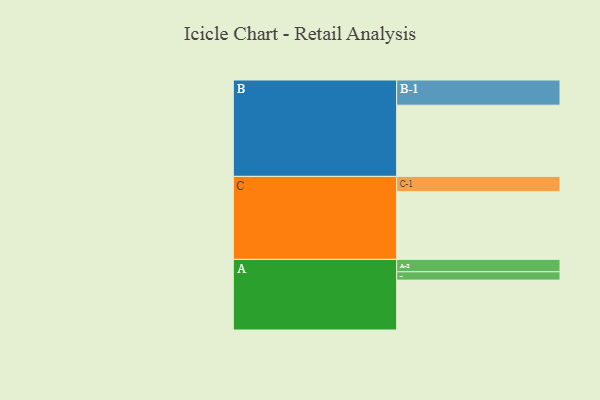
{"axis": {"x": "Segment", "y": "Value"}, "legend": ["", "A", "B", "C"], "data": [{"x": "A", "y": 414, "type": ""}, {"x": "B", "y": 591, "type": ""}, {"x": "C", "y": 562, "type": ""}, {"x": "A-1", "y": 69, "type": "A"}, {"x": "A-2", "y": 103, "type": "A"}, {"x": "B-1", "y": 209, "type": "B"}, {"x": "C-1", "y": 127, "type": "C"}]}